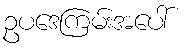
ဥပဒေကြမ်းအပေါ်